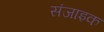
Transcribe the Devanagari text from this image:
संजाइक